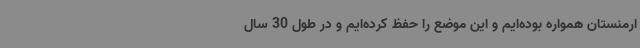
ارمنستان همواره بوده‌ایم و این موضع را حفظ کرده‌ایم و در طول 30 سال